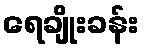
ရေချိုးခန်း